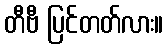
တီဗီ ပြင်တတ်လား။